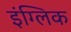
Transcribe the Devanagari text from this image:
इंग्लिक